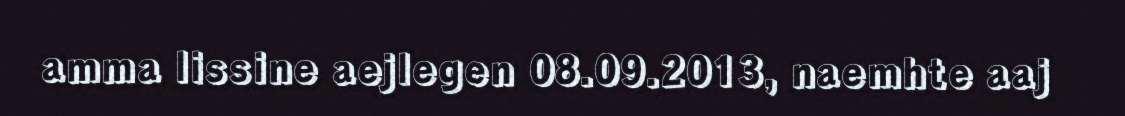
amma lissine aejlegen 08.09.2013, naemhte aaj